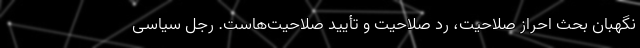
نگهبان بحث احراز صلاحیت، رد صلاحیت و تأیید صلاحیت‌هاست. رجل سیاسی